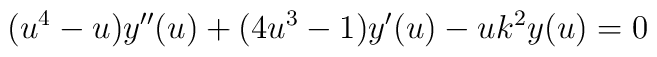
(u^{4}-u)y^{\prime \prime }(u)+(4u^{3}-1)y^{\prime }(u)-uk^{2}y(u)=0